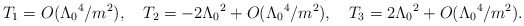
\begin{align*}T_1= O(\Lambda_0{}^4/m^2),\quad T_2= -2\Lambda_0{}^2 + O(\Lambda_0{}^4/m^2),\quad T_3= 2\Lambda_0{}^2 + O(\Lambda_0{}^4/m^2).\end{align*}